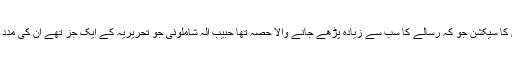
ان سالوں میں افواہوں کا سیکشن جو کہ رسالے کا سب سے زیادہ پڑھے جانے والا حصہ تھا حبیب الہ شاملوئی جو تحریریہ کے ایک جز تھے ان کی مدد سے مرتب کرتا تھا۔